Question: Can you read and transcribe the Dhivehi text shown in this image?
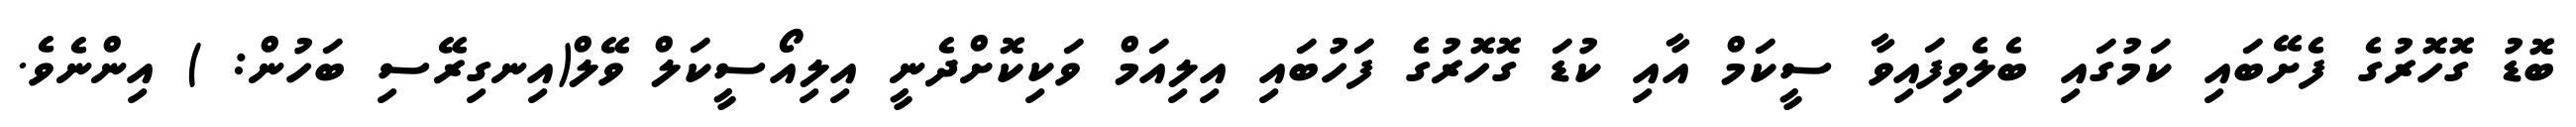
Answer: ބޮޑު ގޮހޮރުގެ ފެށޭބައި ކަމުގައި ބެލެވިފައިވާ ސީކަމް އާއި ކުޑަ ގޮހޮރުގެ ފަހުބައި އިލިއަމް ވަކިކޮށްދެނީ އިލިއޯސީކަލް ވޭލް(އިނގިރޭސި ބަހުން: ) އިންނެވެ.